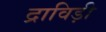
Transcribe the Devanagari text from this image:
द्राविड़ी